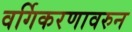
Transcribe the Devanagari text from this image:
वर्गिकरणावरुन